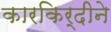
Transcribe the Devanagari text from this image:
कारकिर्दीने